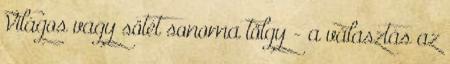
Világos vagy sötét sonoma tölgy - a választás az